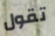
تقول